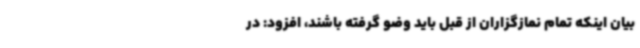
بیان اینکه تمام نمازگزاران از قبل باید وضو گرفته باشند، افزود: در